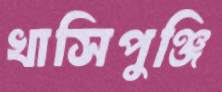
খাসিপুঞ্জি